Vital statistics of India. Vol. IV, Annual returns from 1871 to 1876. British Army of India, Native Army and jails of Bengal
Year: 1871
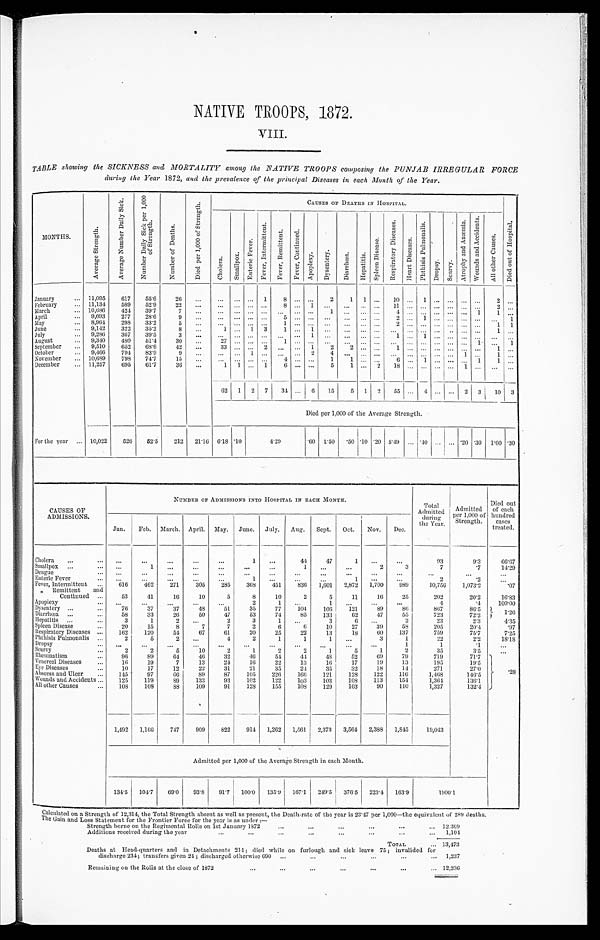
NATIVE TROOPS, 1872.
VIII.
TABLE showing the SICKNESS and MORTALITY among the NATIVE TROOPS composing the PUNJAB IRREGULAR FORCE
during the Year 1872, and the prevalence of the principal Diseases in each Month of the Year.
MONTHS.
A v e r a g e S t r e n g t h .
A v e r a g e N u m b e r D a i l y S i c k . N u m b e r D a i l y S i c k p e r 1 , 0 0 0 o f s t r e n g t h .
N u m b e r o f D e a t h s .
D i e d p e r 1 , 0 0 0 o f S t r e n g t h .
CAUSES OF DEATHS IN HOSPITAL.
D i e d o u t o f H o s p i t a l .
C h o l e r a .
S m a l l p o x .
E n t e r i c F e v e r .
F e v e r , I n t e r m i t t e n t .
F e v e r , R e m i t t e n t .
F e v e r , C o n t i n u e d .
A p o p l e x y .
D y s e n t e r y .
D i a r r h œ a .
H e p a t i t i s . S p l e e n D i s e a s e .
R e s p i r a t o r y D i s e a s e s .
H e a r t D i s e a s e s .
P h t h i s i s P u l m o n a l i s .
D r o p s y .
S c u r v y .
A t r o p h y a n d A n æ m i a .
W o u n d s a n d A c c i d e n t s .
A l l o t h e r C a u s e s .
January . . . 11,095 617 55.6 26
. . .
. . .
. . . . . . 1
8 . . . . . .
2 1
1 . . . 10
. . . 1 . . .
. . . . . . . . . 2 . . .
February . . . 11,134
5 8 9 52.9 22
. . . . . . . . . . . . . . . 8 . . . 1
. . . . . . . . . . . .
1 1 . . . . . . . . . . . . . . . . . .
2 . . .
March . . . 10,686
4 2 4 39.7
7 . . .
. . . . . . . . . . . . . . . . . . . . . 1 . . .
. . . . . .
4 . . . . . . . . . . . . . . . 1 1 . . .
April . . . 9,693 277 28.6
9 . . . . . . . . . . . . . . .
5 . . . . . . . . .
. . .
. . . . . .
2 . . . 1 . . . . . . . . . . . .
. . . 1
May . . .
8,964 298 33.2
5 . . . . . . . . . . . . . . . 1 . . . . . . . . .
. . .
. . . . . . 2 . . . . . . . . . . . . . . . . . . 1 1
June . . . 9,142 322 35.2
8 . . . 1 . . . 1 3 1 . . . 1 . . . . . .
. . . . . .
. . . . . . . . . . . . . . . . . . . . . 1 . . .
Jul y . . .
9,286 367 39.5
3
. . . . . . . . . . . . . . .
. . . . . . 1
. . . . . . . . . . . . 1 . . . 1 . . . . . . . . . . . . . . . . . .
August . . .
9,340 480 51.4 30
. . .
2 7 . . . . . . . . . 1 . . . . . .
. . . . . . . . . . . . . . . . . . . . . . . . . . . . . . 1 . . . 1
September . . . 9,510 652 68.6 42
. . . 33 . . . . . . 2
. . . . . . 1 2 2 . . . . . . 1 . . . . . . . . . . . . . . . . . . 1 . . .
October . . .
9,466 794 83.9
9 . . .
. . . . . . 1 . . .
. . . . . . 2 4 . . .
. . . . . . . . . . . . . . . . . . . . . 1 . . . 1 . . .
November . . . 10,689 798 74.7 15
. . . . . . . . . . . . . . .
4 . . . . . . 1
1
. . . . . .
6 . . . 1 . . . . . . . . . 1 1 . . .
December . . . 11,257 695 61.7 36
. . . 1 1 . . . 1 6 . . . . . . 5
1
. . . 2
1 8 . . . . . . . . . . . . 1 . . .
. . . . . .
62 1 2 7 34 . . . 6 15 5 1 2 55 . . . 4 . . . . . . 2 3 10 3
Died per 1,000 of the Average Strength.
For the year . . . 10,022 526 52.5 212 21.16 6.18 .10
4. 29
.60 1.50 .50 . 1 0 .20 5.49 . . . 40 . . . . . . .20 .30 1.00 .30
CAUSES OF
ADMISSIONS.
NUMBER OF ADMISSIONS INTO HOSPITAL IN EACH MONTH.
T o t a l
Admitted d u r i n g
the Year.
Admitted
per 1,000 of
S t r e n g t h .
Died out
of each
hundred cases
treated.
Jan. Feb. March. April. May. June. July. Aug. Sept. Oct. Nov. Dec.
Cholera . . . . . .
. . .
. . .
. . . . . .
1
. . . 44
47
1
. . . . . .
93
9.3
66.67
Smallpox . . .
. . .
1
. . .
. . .
. . .
. . .
. . .
1
. . . . . .
2
3
7
.7
14.29
Dengue . . . . . .
. . .
. . .
. . . . . .
. . .
. . .
. . .
. . .
. . .
. . .
. . .
. . .
. . .
. . .
Enteric Fever . . . . . .
. . .
. . .
. . . . . .
1
. . .
. . .
. . .
1 . . .
. . .
2
.2
. . .
Fever, Intermittent . . . 616 462 271 305 285 368 451 836 1,601 2,872 1,700 989
10,756 1,073.2
.07
" Remittent and
Continued . . . 53
41
16
10
5
8
10
2
5
11
16
25
202
20.2
16.83
Apoplexy . . .
. . .
. . . . . . . . .
. . .
2
1
. . .
1
. . . . . .
. . .
4
.4
100.00
Dysentery . . .
76
37
37
48
51
35
77 104 106 121
89
86
867
86.5
1 . 2 6
Diarrhœa . . .
58
33
26
50
47
53
74
85 133
62
47
55
723
72.2
Hepatitis . . .
3
1
2 . . .
2
3
1
. . . 3
6 . . .
2
23
2.3
4.35
Spleen Disease . . .
20
15
8
7
7
2
6
6 10
27
39
58
205
20.4
.97
Respiratory Diseases . . . 162 120
54
67
61
20
25
22
13
18
60 137
759
75.7
7.25
Phthisis Pulmonalis . . .
2
5
2 . . .
4
2
1
1
1
. . .
3
1
22
2.2
18.18
Dropsy . . .
. . .
. . .
. . . . . .
. . .
. . .
. . .
. . . . . .
. . .
. . .
1
1
. 1
. . .
Scurvy . . .
2
2
5
10
2
1
2
2
1
5
1
2
35
3.5
. . .
Rheumatism . . . 96
89 64 46
32
46
54 44 48 52
69
79
719
71.7 . 28
Venereal Diseases . . .
16 19
7
13
24
16
22
13
16
17
19
13
195
19.5
Eye Diseases. . .
1 0 17
12
22
31
21
35
24 35
32 18
14
271
27.0
Abscess and Ulcer . . . 145
97
66
89
87 105 226 166 121 128 122 116
1,468
146.5
Wounds and Accidents . . . 125 119
89 133
93 102 122 103 103 108 113 154
1,364
136.1
All other Causes . . . 108 108
88 109
91 128 155 108 129 103
90 110
1,327
132.4
1,492 1,166 747 909 822 914 1,262 1,561 2,373 3 , 5 6 4
2,388 1,845 19,043
Admitted per 1,000 of the Average Strength in each Month.
134.5 104.7 69.0 93.8 91.7 100.0 135.9 167.1 249.5 376.5 223.4 163.9
1 9 0 0 . 1
Calculated on a Strength of 12,314, the Total Strength absent as well as present, the Death-rate of the year is 23.47 per 1,000—the equivalent of 289 deaths.
The Gain and Loss Statement for the Frontier Force for the year is as under :—
S t r e n g t h b o r n e o n t h e R e g i m e n t a l R o l l s o n l s t J a n u a r y 1 8 7 2 . . .
1 2 , 3 6 9
Additions received during the year . . . 1,104
TOTAL . . . 13,473
Deaths at Head-quarters and in Detachments 2 1 4 ; d i e d w h i l e o n f u r l o u g h a n d s i c k l e a v e 7 5 ;
i n v a l i d e d f o r
discharge 234; transfers given 24 ; discharged otherwise 690 . . .
1,237
Remaining on the Rolls at the close of 1872 . . .
12,236